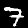
Digit: 7